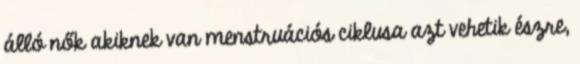
álló nők akiknek van menstruációs ciklusa azt vehetik észre,